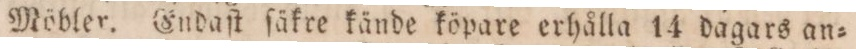
Möbler. Endaſt ſäkre kände köpare erhålla 14 dagars an=